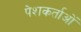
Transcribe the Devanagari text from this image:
पेशकर्ताओं